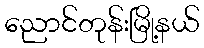
ညောင်တုန်းမြို့နယ်